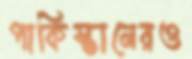
পাকিস্তানেরও